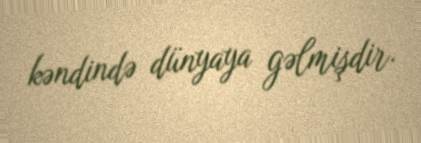
kəndində dünyaya gəlmişdir.